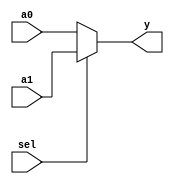
`default_nettype none

module mux2x32 (
    input [31: 0] a0,
    input [31: 0] a1,
    input sel,
    output wire [31: 0] y
);
    // 32 
   
    assign y = (sel ? a1 : a0);
   
endmodule